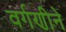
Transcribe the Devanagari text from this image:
वर्गणीने